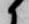
候